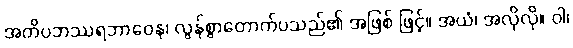
အတိပဘဿရဘာဝေန၊ လွန်စွာတောက်ပသည်၏ အဖြစ် ဖြင့်။ အယံ၊ အလိုလို။ ဝါ၊